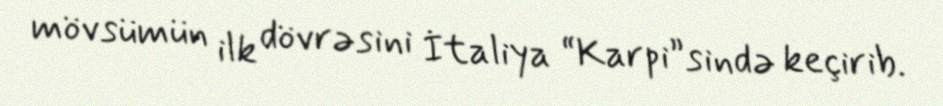
mövsümün ilk dövrəsini İtaliya “Karpi”sində keçirib.